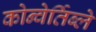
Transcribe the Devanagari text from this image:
कोन्वेर्तिब्ले